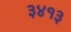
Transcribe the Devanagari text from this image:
३४१३